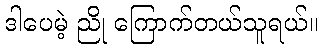
ဒါပေမဲ့ ညို ကြောက်တယ်သူရယ်။